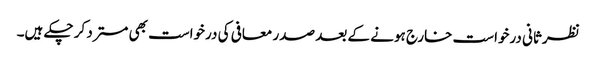
نظرثانی درخواست خارج ہونے کے بعد صدر معافی کی درخواست بھی مسترد کر چکے ہیں۔